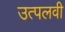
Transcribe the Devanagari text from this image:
उत्पलवी